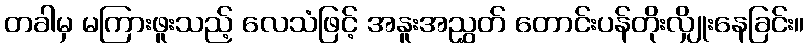
တခါမှ မကြားဖူးသည့် လေသံဖြင့် အနူးအညွှတ် တောင်းပန်တိုးလျှိုးနေခြင်း။